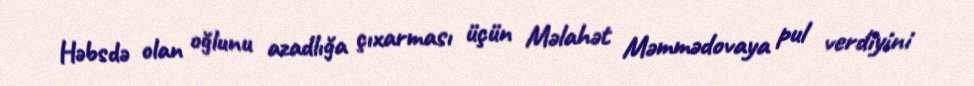
Həbsdə olan oğlunu azadlığa çıxarması üçün Məlahət Məmmədovaya pul verdiyini